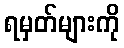
ရမှတ်များကို